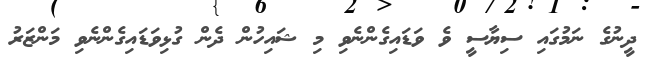
ދީނުގެ ނަމުގައި ސިޔާސީ ވެ ވަޑައިގެންނެވި މި ޝައިހުން ދެން ގުޅިވަޑައިގެންނެވި މަންޒަރު